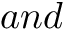
a n d